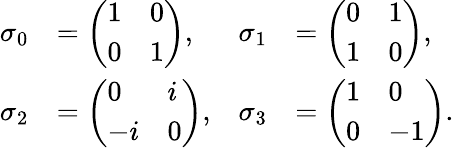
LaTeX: \begin{array}{rlrl}{\sigma_{0}}&{=\left(\begin{array}{ll}{1}&{0}\\ {0}&{1}\end{array}\right),}&{\sigma_{1}}&{=\left(\begin{array}{ll}{0}&{1}\\ {1}&{0}\end{array}\right),}\\ {\sigma_{2}}&{=\left(\begin{array}{ll}{0}&{i}\\ {-i}&{0}\end{array}\right),}&{\sigma_{3}}&{=\left(\begin{array}{ll}{1}&{0}\\ {0}&{-1}\end{array}\right).}\end{array}